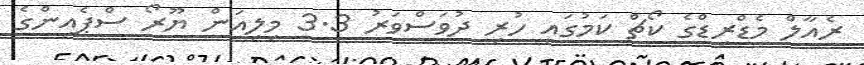
ރެއާލް މެޑްރިޑްގެ ކޯޗް ކަމުގައި ހުރި ދުވަސްވަރު 3.3 މިލިއަން ޔޫރޯ ސްޕެއިންގެ